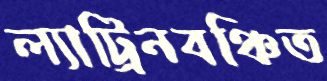
ল্যাট্রিনবঞ্চিত